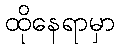
ထိုနေရာမှာ